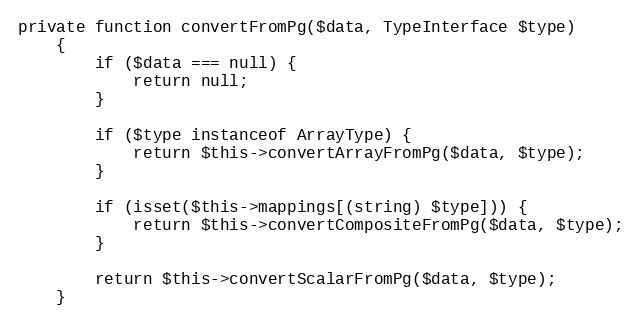
Language: PHP
private function convertFromPg($data, TypeInterface $type)
    {
        if ($data === null) {
            return null;
        }

        if ($type instanceof ArrayType) {
            return $this->convertArrayFromPg($data, $type);
        }

        if (isset($this->mappings[(string) $type])) {
            return $this->convertCompositeFromPg($data, $type);
        }

        return $this->convertScalarFromPg($data, $type);
    }